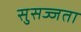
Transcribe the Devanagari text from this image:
सुसज्जता